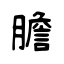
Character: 膽